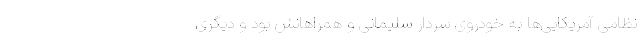
نظامی آمریکایی‌ها به‌ خودروی سردار سلیمانی و همراهانش بود و دیگری